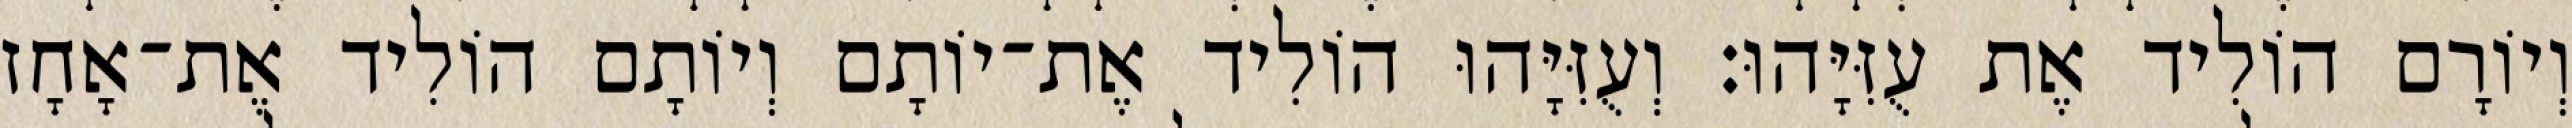
וְיוֹרָם הוֹלִיד אֶת עֻזִּיָּהוּ׃ וְעֻזִּיָּהוּ הוֹלִיד אֶת־יוֹתָם וְיוֹתָם הוֹלִיד אֶת־אָחָז